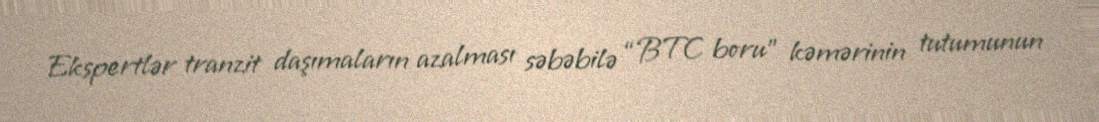
Ekspertlər tranzit daşımaların azalması səbəbilə “BTC boru” kəmərinin tutumunun